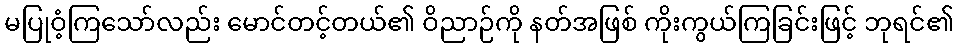
မပြုဝံ့ကြသော်လည်း မောင်တင့်တယ်၏ ဝိညာဉ်ကို နတ်အဖြစ် ကိုးကွယ်ကြခြင်းဖြင့် ဘုရင်၏